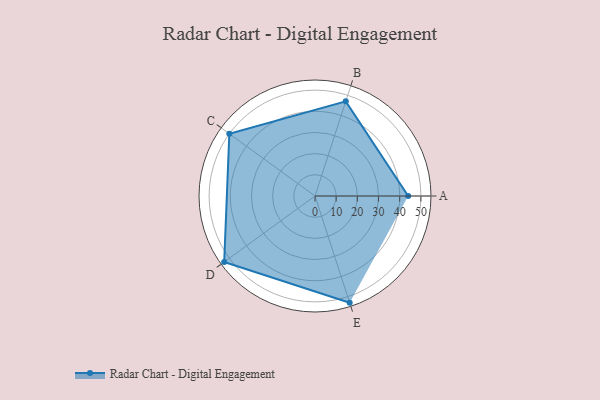
{"axis": {"x": "Skill", "y": "Score"}, "legend": ["Profile"], "data": [{"x": "A", "y": 44.0, "type": "Profile"}, {"x": "B", "y": 47.0, "type": "Profile"}, {"x": "C", "y": 50.0, "type": "Profile"}, {"x": "D", "y": 53.0, "type": "Profile"}, {"x": "E", "y": 53.0, "type": "Profile"}]}